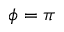
\phi = \pi